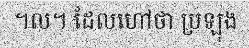
។ល។ ដែលហៅថា ប្រឡុង